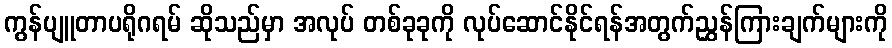
ကွန်ပျူတာပရိုဂရမ် ဆိုသည်မှာ အလုပ် တစ်ခုခုကို လုပ်ဆောင်နိုင်ရန်အတွက်ညွှန်ကြားချက်များကို